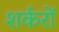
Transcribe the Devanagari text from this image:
शर्करों